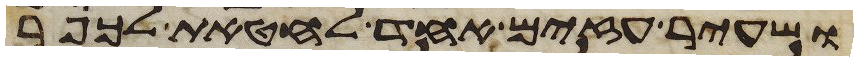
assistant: ושעיר עזים אחד לחטאת לכפר